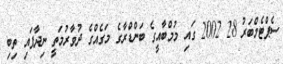
ސެޕްޓެމްބަރު 28 2002 ގައި މުމްބާއީގެ ބަންޑްރާގެ މަގެއްގެ ދުވާރުމަތީ ނިދާފައި ތިބި